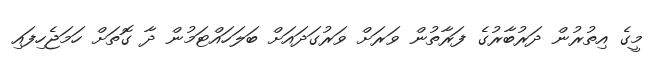
މީގެ އިތުރުން ދަރުބާރުގެ ފަރާތުން ވަރަށް ވަރުގަދައަށް ބަލަހައްޓަމުން ދާ ގޮތަށް ހަމަޖެހިފައި